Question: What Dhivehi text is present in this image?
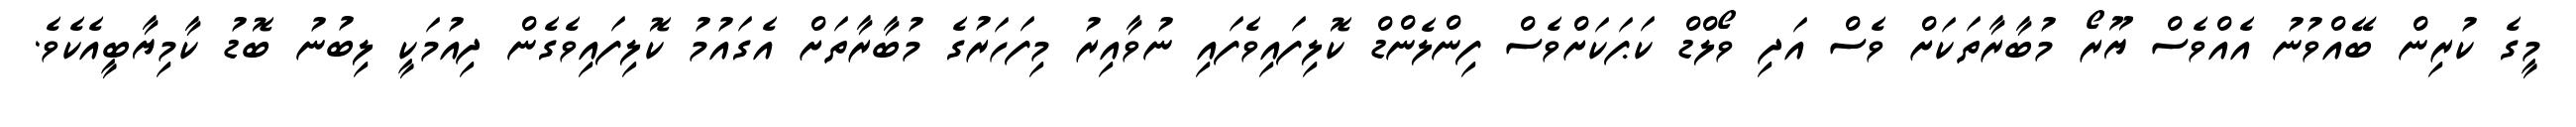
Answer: މީގެ ކުރިން ބޭއްވުނު އެއްވެސް ޔޫރޯ މުބާރާތަކަށް ވެސް އަދި ވޯލްޑް ކަޕަކަށްވެސް ފިންލެންޑް ކޮލިފައިވެފައި ނުވާއިރު މިފަހަރުގެ މުބާރާތަށް އެގައުމު ކޮލިފައިވެގެން ދިއުމަކީ ލިބުނު ބޮޑު ކާމިޔާބީއެކެވެ.